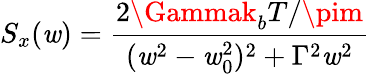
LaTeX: S_{x}(\mathit{w})=\frac{{2\Gammak_{b}T/\pim}}{{(\mathit{w}^{2}-\mathit{w}_{0}^{2})^{2}+\Gamma^{2}\mathit{w}^{2}}}